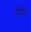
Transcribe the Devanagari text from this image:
नौवेल